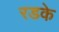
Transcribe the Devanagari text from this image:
रडके